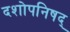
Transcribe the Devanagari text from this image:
दशोपनिषद्